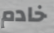
خادم